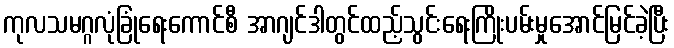
ကုလသမဂ္ဂလုံခြုံရေးကောင်စီ အာဂျင်ဒါတွင်ထည့်သွင်းရေးကြိုးပမ်းမှုအောင်မြင်ခဲ့ပြီး